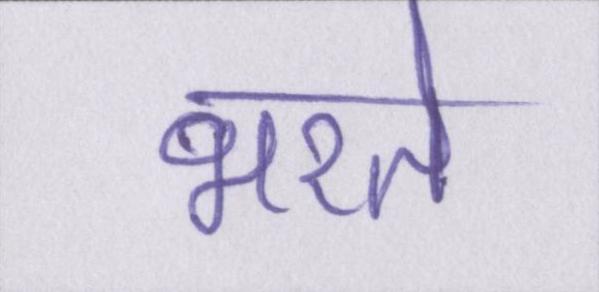
भरते